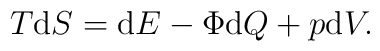
T\mathrm{d}S = \mathrm{d}E - \Phi \mathrm{d}Q + p\mathrm{d}V.